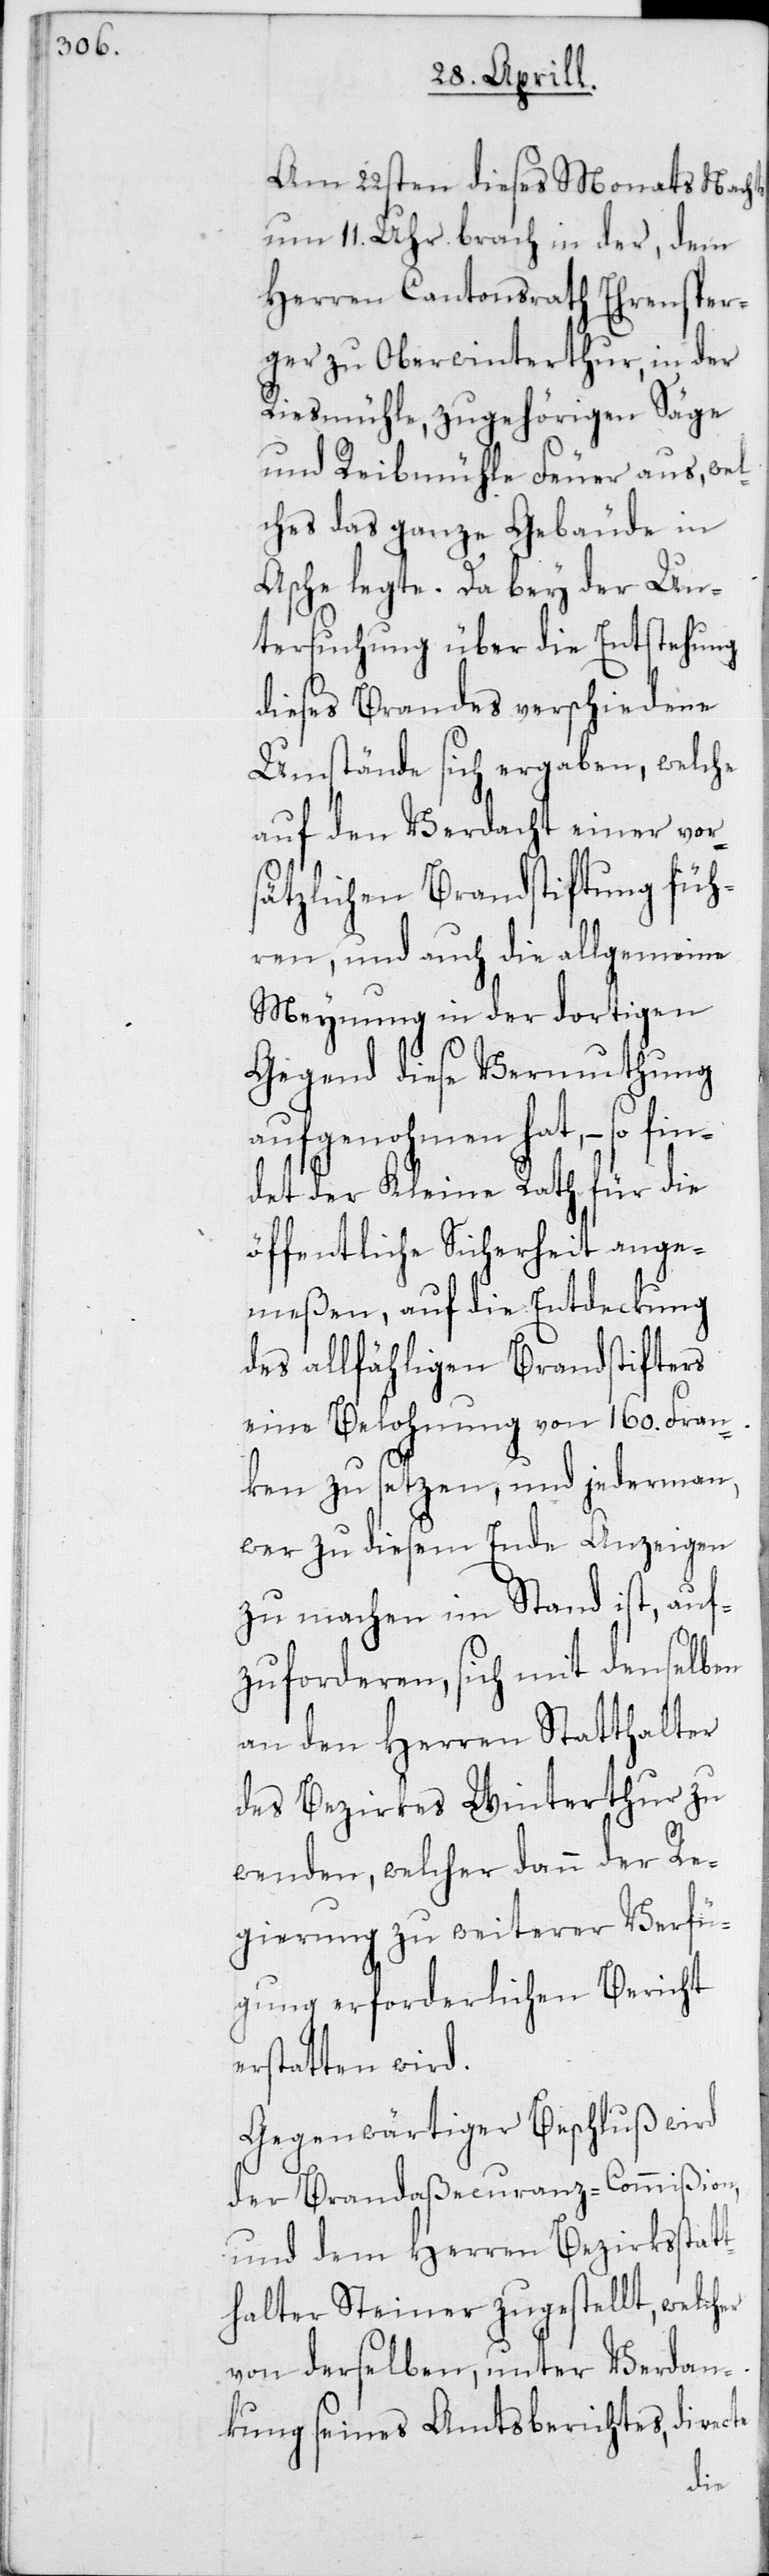
Am 22sten dieses Monats Nachts
um 11. Uhr brach in der, dem
Herren Cantonsrath Ehrensper¬
ger zu Oberwinterthur, in der
Riesmühle, zugehörigen Säge
und Reibmühle Feuer aus, wel¬
ches das ganze Gebäude in
Asche legte. Da bey der Un¬
tersuchung über die Entstehung
dieses Brandes verschiedene
Umstände sich ergaben, welche
auf den Verdacht einer vor¬
sätzlichen Brandstiftung füh¬
ren, und auch die allgemeine
Meynung in der dortigen
Gegend diese Vermuthung
aufgenohmen hat, – so fin¬
det der Kleine Rath für die
öffentliche Sicherheit ange¬
meßen, auf die Entdeckung
des allfähligen Brandstifters
eine Belohnung von 160. Fran¬
ken zu setzen, und jederman,
wer zu diesem Ende Anzeigen
zu machen im Stand ist, auf¬
zuforderen, sich mit denselben
an den Herren Statthalter
des Bezirks Winterthur zu
wenden, welcher dann der Re¬
gierung zu weiterer Verfü¬
gung erforderlichen Bericht
erstatten wird.
Gegenwärtiger Beschluß wird
der Brandaßecuranz-Commißion,
und dem Herren Bezirksstat¬
thalter Steiner zugestellt, welcher
von derselben, unter Verdan¬
kung seines Amtsberichtes, directe